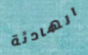
الهادئة